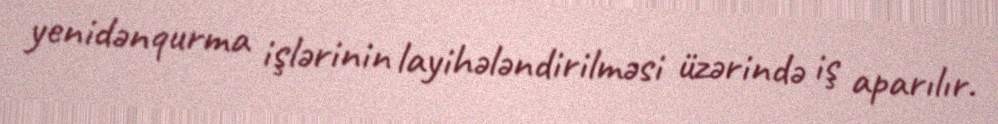
yenidənqurma işlərinin layihələndirilməsi üzərində iş aparılır.